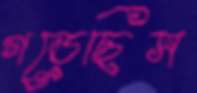
গড়েছিস